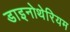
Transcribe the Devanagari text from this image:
डाइनोथेरियम